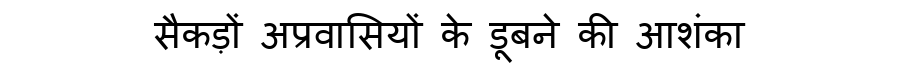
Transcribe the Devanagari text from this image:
सैकड़ों अप्रवासियों के डूबने की आशंका